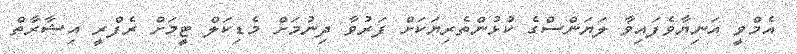
އެމްވީ އަނިޔާވެފައިވާ ލަޔަންސްގެ ކުޅުންތެރިޔަކަށް ފަރުވާ ދިނުމަށް މެޑިކަލް ޓީމަށް ރެފްރީ އިޝާރާތް